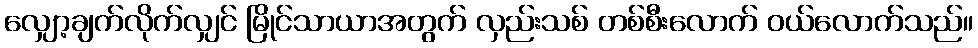
လျှော့ချက်လိုက်လျှင် မြိုင်သာယာအတွက် လှည်းသစ် တစ်စီးလောက် ဝယ်လောက်သည်။